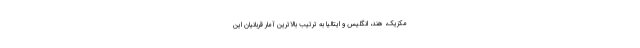
مکزیک، هند، انگلیس و ایتالیا به ترتیب بالاترین آمار قربانیان این